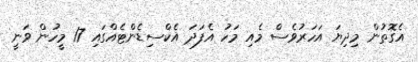
އެގޮތުން މިދިޔަ އަހަރުވެސް މެއި މަހު އެފަދަ އެކްސިޑެންޓެއްގައި 17 މީހުން ވަނީ